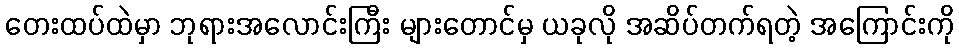
တေးထပ်ထဲမှာ ဘုရားအလောင်းကြီး များတောင်မှ ယခုလို အဆိပ်တက်ရတဲ့ အကြောင်းကို